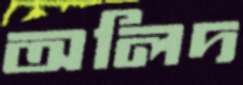
অলিদ